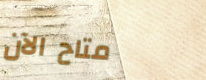
متاح الآن